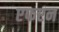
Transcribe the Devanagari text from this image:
एफएन